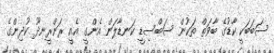
ސަބަބަކީ ކާޑުގެ ބާވަތް ތަކުން ސަބްސިޑީ ކަނޑާލަން އެންގީ އެއީ ރަންރީނދޫ ކުދިންގެ